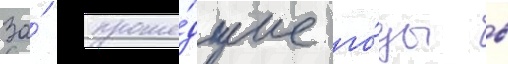
За́ проше́дшие го́ды в